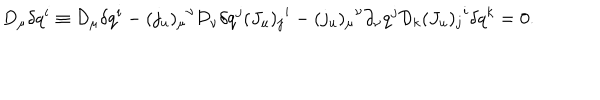
D _ { \mu } \delta q ^ { i } \equiv { \cal D } _ { \mu } \delta q ^ { i } - { ( j _ { u } ) _ { \mu } } ^ { \nu } { \cal D } _ { \nu } \delta q ^ { j } { ( J _ { u } ) _ { j } } ^ { i } - { ( j _ { u } ) _ { \mu } } ^ { \nu } \partial _ { \nu } q ^ { j } { \cal D } _ { k } { ( J _ { u } ) _ { j } } ^ { i } \delta q ^ { k } = 0 .